Vaccination United Provinces of Agra and Oudh 1914-1922 - 1914-1922
Year: 1914
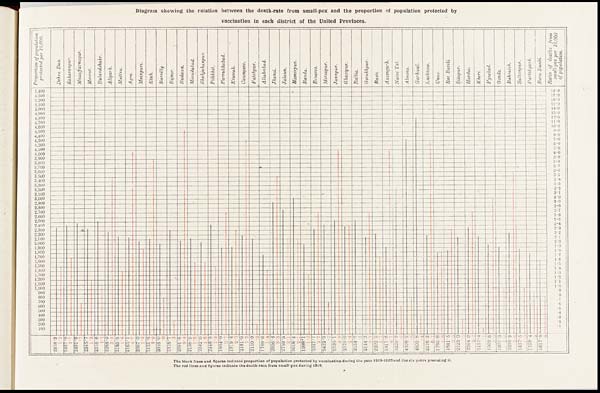
Diagram showing the relation between the death-rate from small-pox and the proportion of population protected by
vaccination in each district of the United Provinces.
The black lines and figures indicate proportion of population protected by vaccination during the year 1919-1920 and the six years preceding it.
The red lines and figures indicate the death-rate from small-pox during 1919.